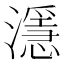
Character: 濦